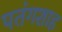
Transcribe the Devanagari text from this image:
पतंगशाह